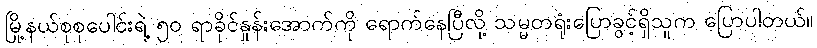
မြို့နယ်စုစုပေါင်းရဲ့ ၅၀ ရာခိုင်နှုန်းအောက်ကို ရောက်နေပြီလို့ သမ္မတရုံးပြောခွင့်ရှိသူက ပြောပါတယ်။